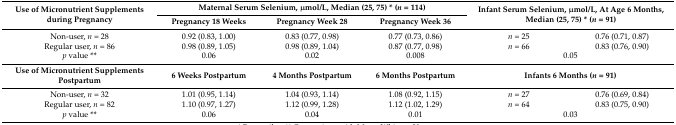
| <ROWSPAN=2> Use of Micronutrient Supplements during Pregnancy | <COLSPAN=3> Maternal Serum Selenium, μmol/L, Median (25, 75) * (n = 114) | <ROWSPAN=2-COLSPAN=2> Infant Serum Selenium, μmol/L, At Age 6 Months, Median (25, 75) * (n = 91) |
 | Pregnancy 18 Weeks | Pregnancy Week 28 | Pregnancy Week 36 |
 | --- | --- | --- | --- | --- | --- |
 | Non-user, n = 28 | 0.92 (0.83, 1.00) | 0.83 (0.77, 0.98) | 0.77 (0.73, 0.86) | n = 25 | 0.76 (0.71, 0.87) |
 | Regular user, n = 86 | 0.98 (0.89, 1.05) | 0.98 (0.89, 1.04) | 0.87 (0.77, 0.98) | n = 66 | 0.83 (0.76, 0.90) |
 | p value ** | 0.06 | 0.02 | 0.008 | <COLSPAN=2> 0.05 |
 | Use of Micronutrient Supplements Postpartum | 6 Weeks Postpartum | 4 Months Postpartum | 6 Months Postpartum | <COLSPAN=2> Infants 6 Months (n = 91) |
 | Non-user, n = 32 | 1.01 (0.95, 1.14) | 1.04 (0.93, 1.14) | 1.08 (0.92, 1.15) | n = 27 | 0.76 (0.69, 0.84) |
 | Regular user, n = 82 | 1.10 (0.97, 1.27) | 1.12 (0.99, 1.28) | 1.12 (1.02, 1.29) | n = 64 | 0.83 (0.75, 0.90) |
 | p value ** | 0.06 | 0.04 | 0.01 | <COLSPAN=2> 0.03 |